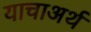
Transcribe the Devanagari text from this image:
याचाअर्थ